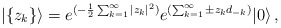
\begin{align*}|\{ z_k\}\rangle = e^{(-\frac{1}{2}\sum_{k=1}^{\infty}|z_k|^2)} e^{(\sum_{k=1}^{\infty}\pm z_kd_{-k})} |0\rangle\, ,\end{align*}